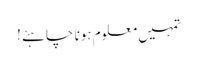
تمہیں معلوم ہونا چاہئے !